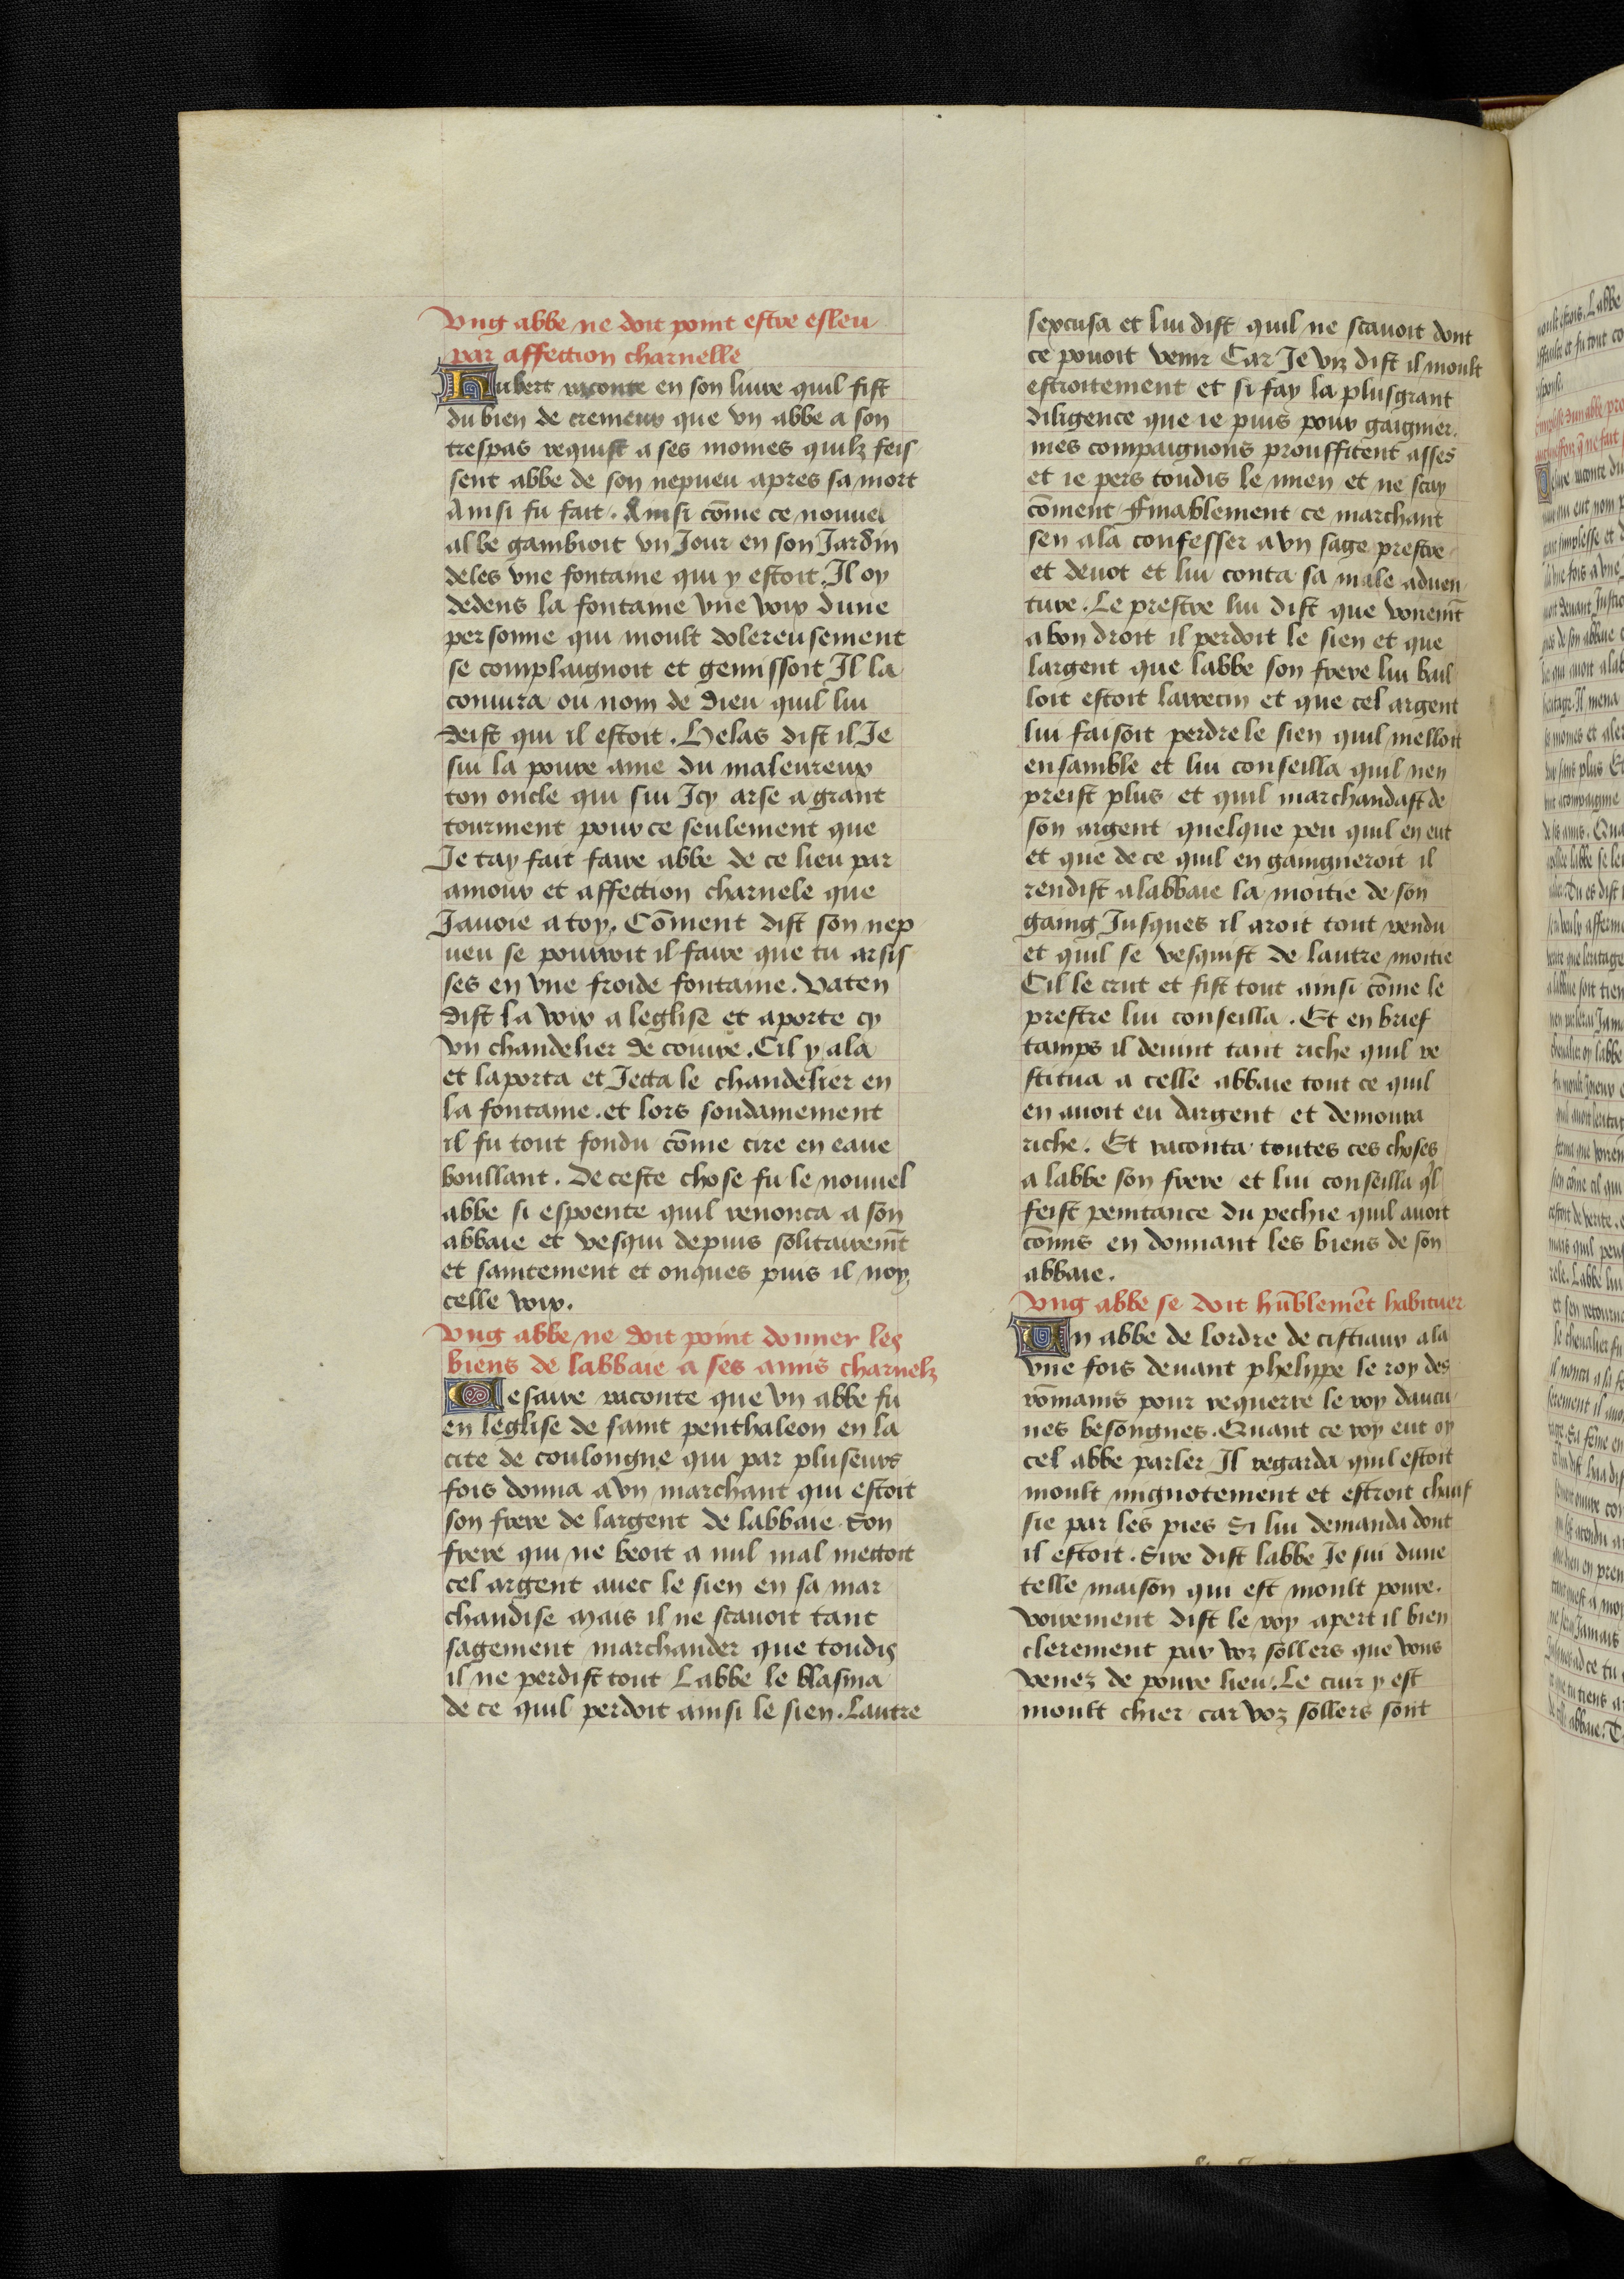
Shelfmark: Bruxelles, KBR, ms. 9232
Century: 15